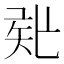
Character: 𥎲